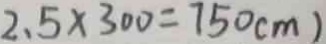
2 . 5 \times 3 0 0 = 7 5 0 ( c m )